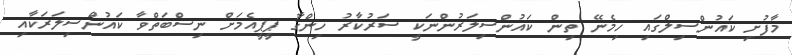
މާފުށި ކައުންސިލްގަައި ހިމެނޭ ތިން ކައުންސިލަރުންނަކީ ސަރުކާރު ހިންގާ ޕީޕީއެމަށް ނިސްބަތްވާ ކައުންސިލަރަކާއި